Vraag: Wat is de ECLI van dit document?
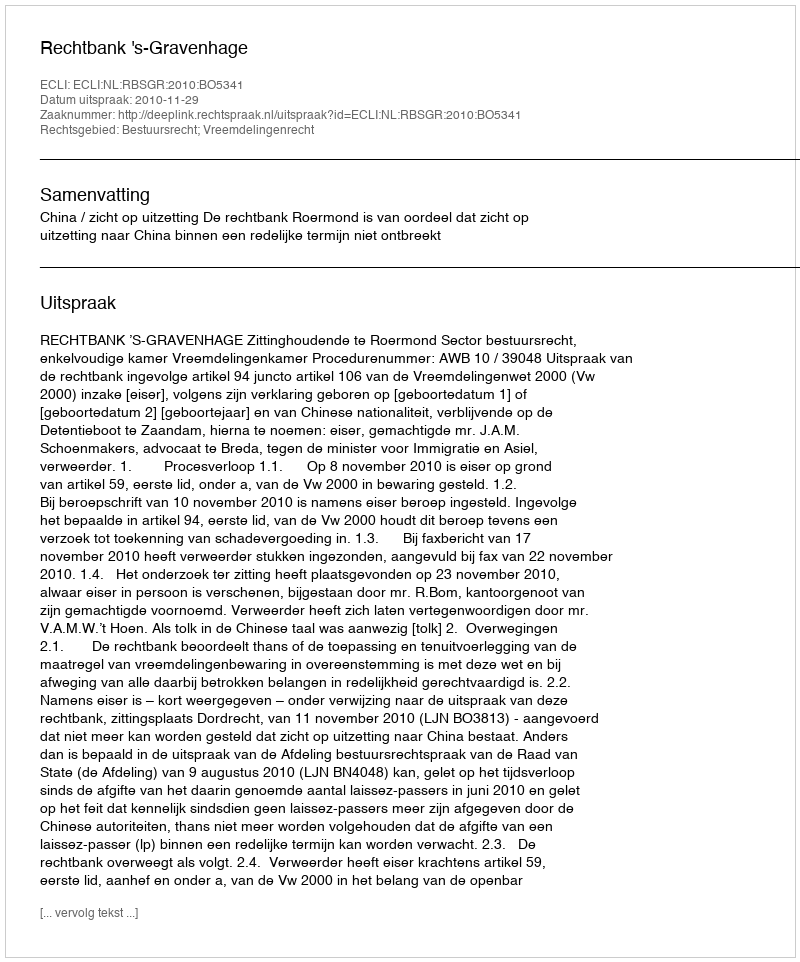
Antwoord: ECLI:NL:RBSGR:2010:BO5341